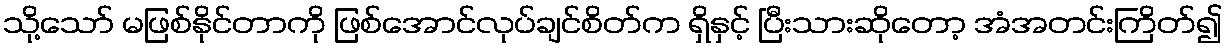
သို့သော် မဖြစ်နိုင်တာကို ဖြစ်အောင်လုပ်ချင်စိတ်က ရှိနှင့် ပြီးသားဆိုတော့ အံအတင်းကြိတ်၍